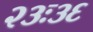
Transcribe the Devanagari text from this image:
२३ः३६